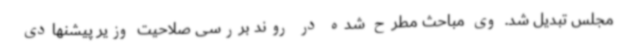
مجلس تبدیل شد. وی مباحث مطرح شده در روند بررسی صلاحیت وزیر پیشنهادی